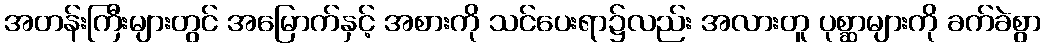
အတန်းကြီးများတွင် အမြောက်နှင့် အစားကို သင်ပေးရာ၌လည်း အလားတူ ပုစ္ဆာများကို ခက်ခဲစွာ